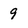
Character: 9